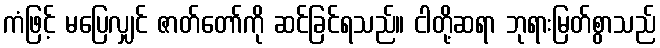
ကံဖြင့် မပြေလျှင် ဇာတ်တော်ကို ဆင်ခြင်ရသည်။ ငါတို့ဆရာ ဘုရားမြတ်စွာသည်